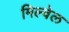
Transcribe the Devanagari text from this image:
मिल्वेल